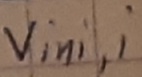
Text: Vini,i